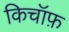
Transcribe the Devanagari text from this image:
किचॉफ़